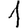
Digit: 1